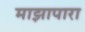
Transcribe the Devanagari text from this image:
माझापारा